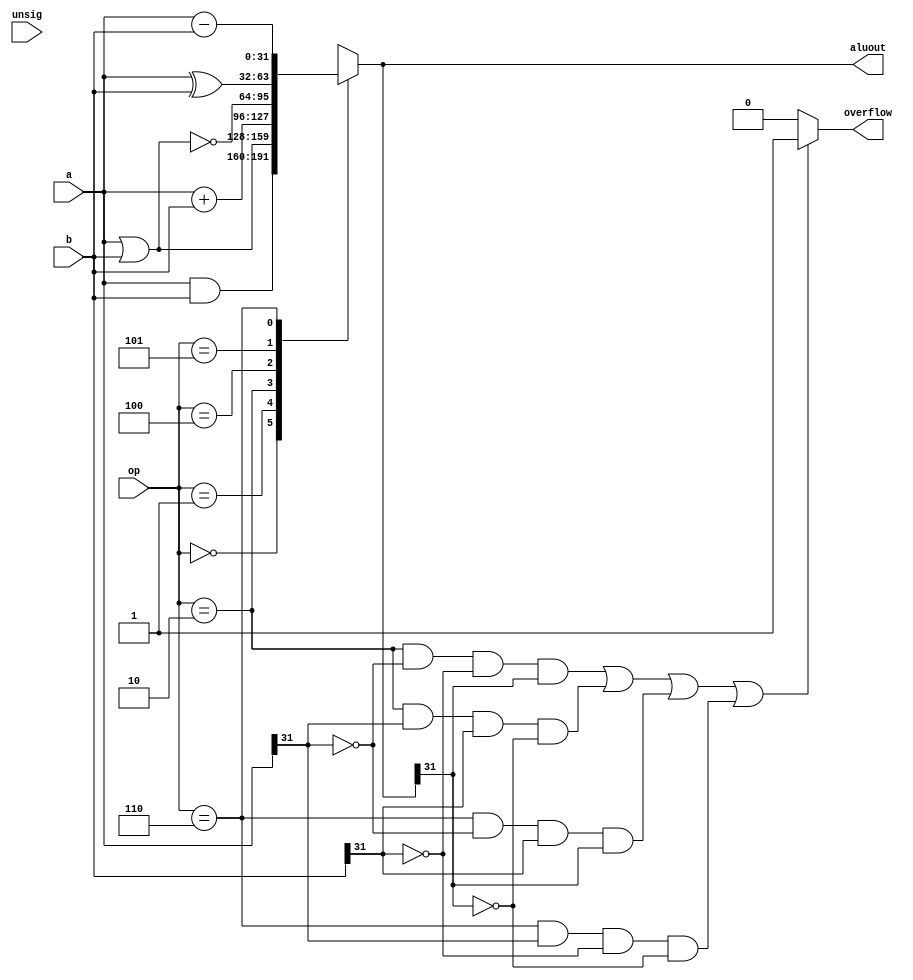
`ifndef ALU_V
`define ALU_V

module Alu (
    input     [31:0]    a,
    input     [31:0]    b,
    output    [31:0]    aluout,
    input     [2:0]     op,
    input               unsig,
    output              overflow
);

    reg    [31:0]    aluout_reg;
    reg              overflow_reg;
    
    assign aluout = aluout_reg;
    assign overflow = overflow_reg;

    always @(*) begin
        case (op)
            3'b000:  aluout_reg = a & b;
            3'b001:  aluout_reg = a | b;
            3'b010:  aluout_reg = a + b;
            3'b100:  aluout_reg = ~(a | b);
            3'b101:  aluout_reg = a ^ b;
            3'b110:  aluout_reg = a - b;
            default: aluout_reg = 32'hXXXX_XXXX;
        endcase
        if ((op==3'b010 & a[31]==0 & b[31]==0 & aluout_reg[31]==1) ||
            (op==3'b010 & a[31]==1 & b[31]==1 & aluout_reg[31]==0) ||
            (op==3'b110 & a[31]==0 & b[31]==1 & aluout_reg[31]==1) ||
            (op==3'b110 & a[31]==1 & b[31]==0 & aluout_reg[31]==0)) begin
            overflow_reg <= 1'b1;
        end else begin
            overflow_reg <= 1'b0;
        end
    end

endmodule

`endif